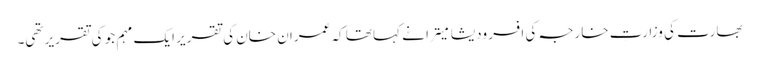
بھارت کی وزارتِ خارجہ کی افسر ودیشا میترا نے کہا تھا کہ عمران خان کی تقریر ایک مہم جو کی تقریر تھی۔